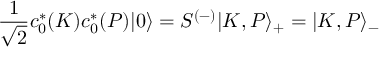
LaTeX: { \frac { 1 } { \sqrt { 2 } } } c _ { 0 } ^ { \ast } ( K ) c _ { 0 } ^ { \ast } ( P ) | 0 \rangle = S ^ { ( - ) } | K , P \rangle _ { + } = | K , P \rangle _ { - }